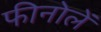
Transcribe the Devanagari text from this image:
फीनोलें